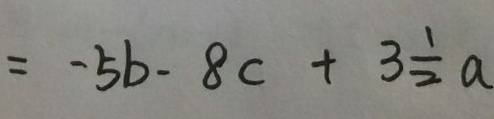
= - 5 b - 8 c + 3 \frac { 1 } { 2 } a